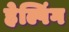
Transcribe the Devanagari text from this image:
हेल्पिंग